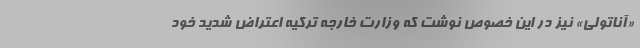
«آناتولی»‌ نیز در این خصوص نوشت که وزارت خارجه ترکیه اعتراض شدید خود